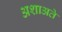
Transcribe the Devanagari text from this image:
अशाअते